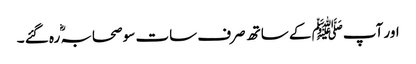
اور آپﷺ کے ساتھ صرف سات سو صحابہؓ رہ گئے ۔